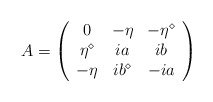
\begin{align*}A=\left(\begin{array}{ccc}0&-\eta&-\eta^\diamond\\\eta^{\diamond}&ia&ib\\-\eta&ib^\diamond&-ia\end{array}\right)\end{align*}